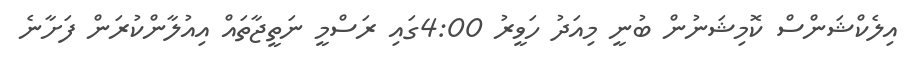
އިލެކްޝަންސް ކޮމިޝަނުން ބުނީ މިއަދު ހަވީރު 4:00ގައި ރަސްމީ ނަތީޖާތައް އިއުލާންކުރަން ފަށާނެ